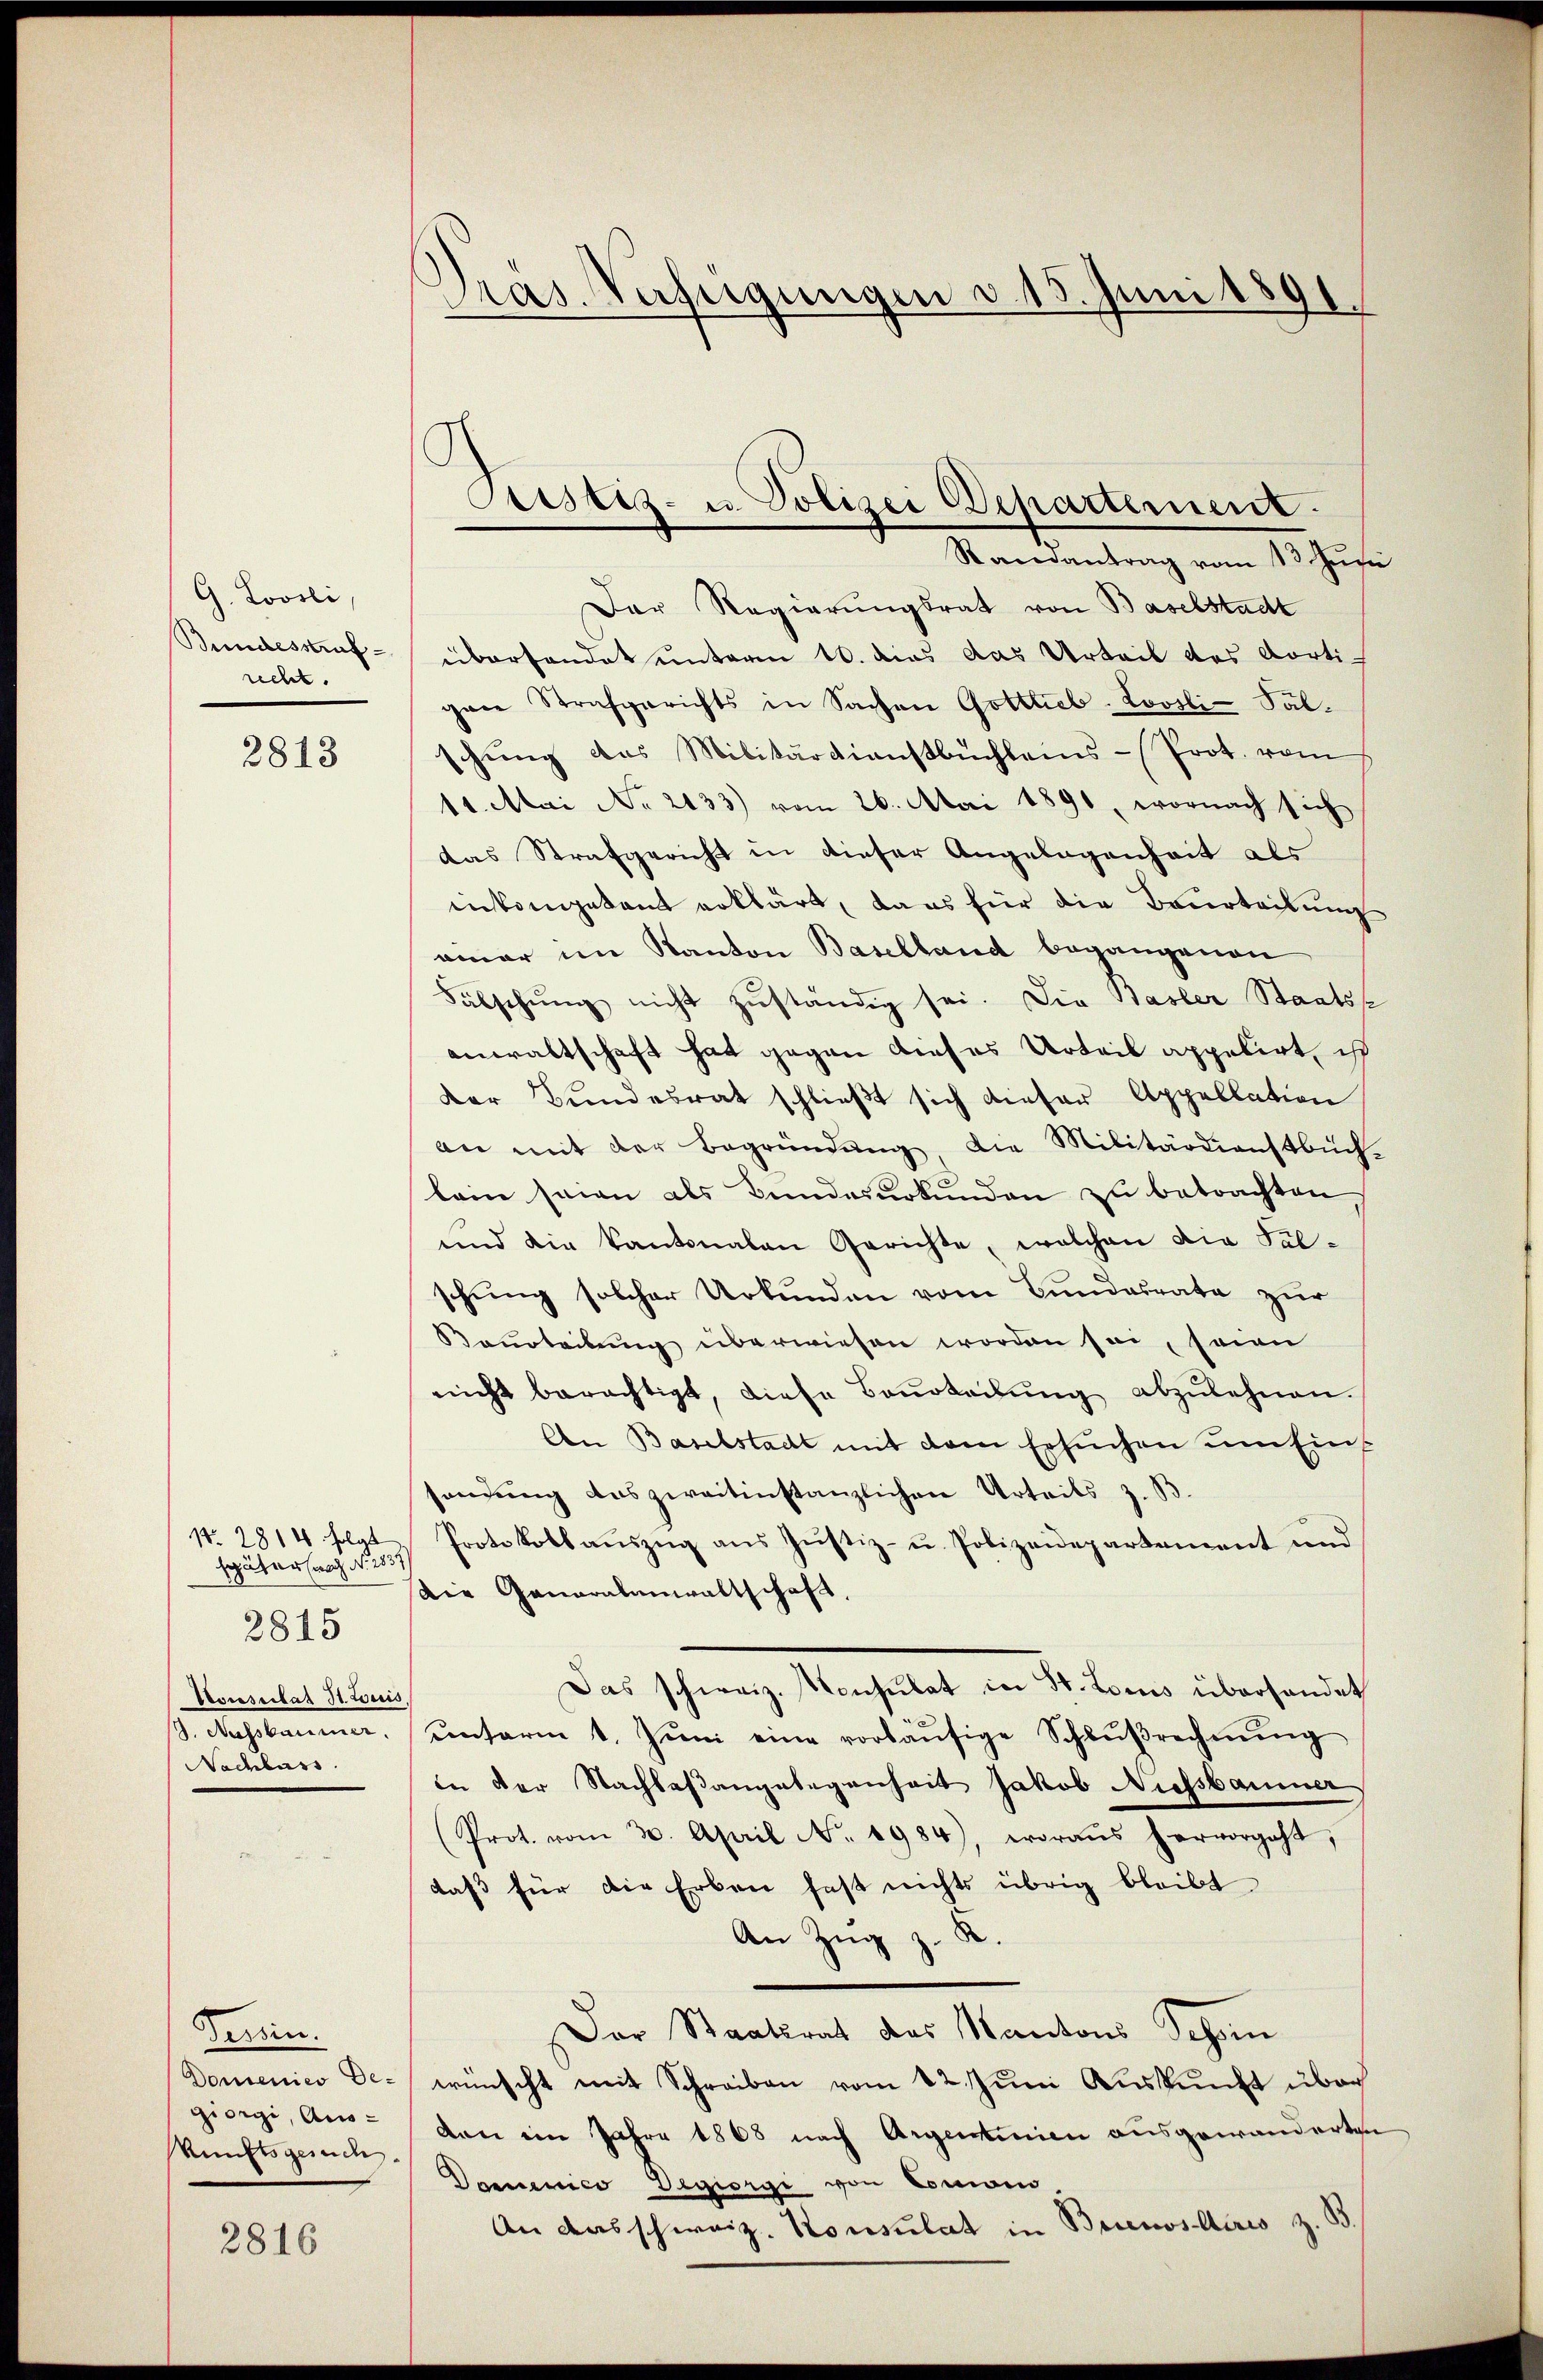
G. Loosli,
Bundesstrafrecht.

2813

N. 2814 folgt
später nach No. 1837
2815
Kocessitat St. Louis
d. Nachbaume
Nachlass

Terein.
Domenies Degiorgi, Aus-
kunftsgesuch

2816

Dras. Verfügungen v. 15. Juni 1891.

Sistiz- u. Polizei Departement.

Randantrag vom 13. Junii
Der Regierungsrat von Baselstadt
überhandet unterm 10. dies das Urteil des dorti-
gene Strafgerichts in Sachen Gottlieb-Lovsli-Salschŭng das Militärdienstbuchleins-Prot. vom
14. Mai No 2133) vom 26. Mai 1891, wornach sich
das Strafgericht in dieser Angelegenheit als
eikangekannt erklärt, dans für die Beurteilung
omar im Kanton Baselland begangenen
Fälschung nicht zuständig sei. Die Basler Staatss
anwaltschaft hat gegen dieses Urteil appelirt, ist
Der Bŭndesrat schlieβt sich dieser Appellation
an mit der Begründung die Militärdienstbüch-
lein seien als Bundesurkunden zu betrachten
und die Kantonalen Gerichte, welchen die Fälschung solcher Urkunden vom Bundesrate zur
Bourteilŭng überwiesen worden sei, seien
nicht berechtigt, diese Baŭrteilŭng abzulehnen.
An Baselstadt mit dem Ersuchen um Einsendung des zweitinstanzlichen Urteils z. B
Protokoll auszug aus Justiz- u. Polizeidepartement und
Die Generalanwaltschaft,
Das schweiz. Konsulat in St. Locus überhandet
ŭnterm 1. Jŭni eine vorläŭfige Schlŭβrechnŭng
in der Nachlaßangelegenheit Jakob Niessbaumer
(Prot. vom 30. April No. 1984), woraŭs hervorgeht,
daß für die Erben fast nichts übrig bleibt
An Zŭg z. R.
Der Staatsrat des Kantons Schein
wünscht mit Schreiben vom 12. Juni Auskunft über
den im Jahre 1868 nach Argentinien ausgewanderten
Damenico Degiorgi von Comoins,
An das schweiz. Konsulat in Buenos Aires z. B.